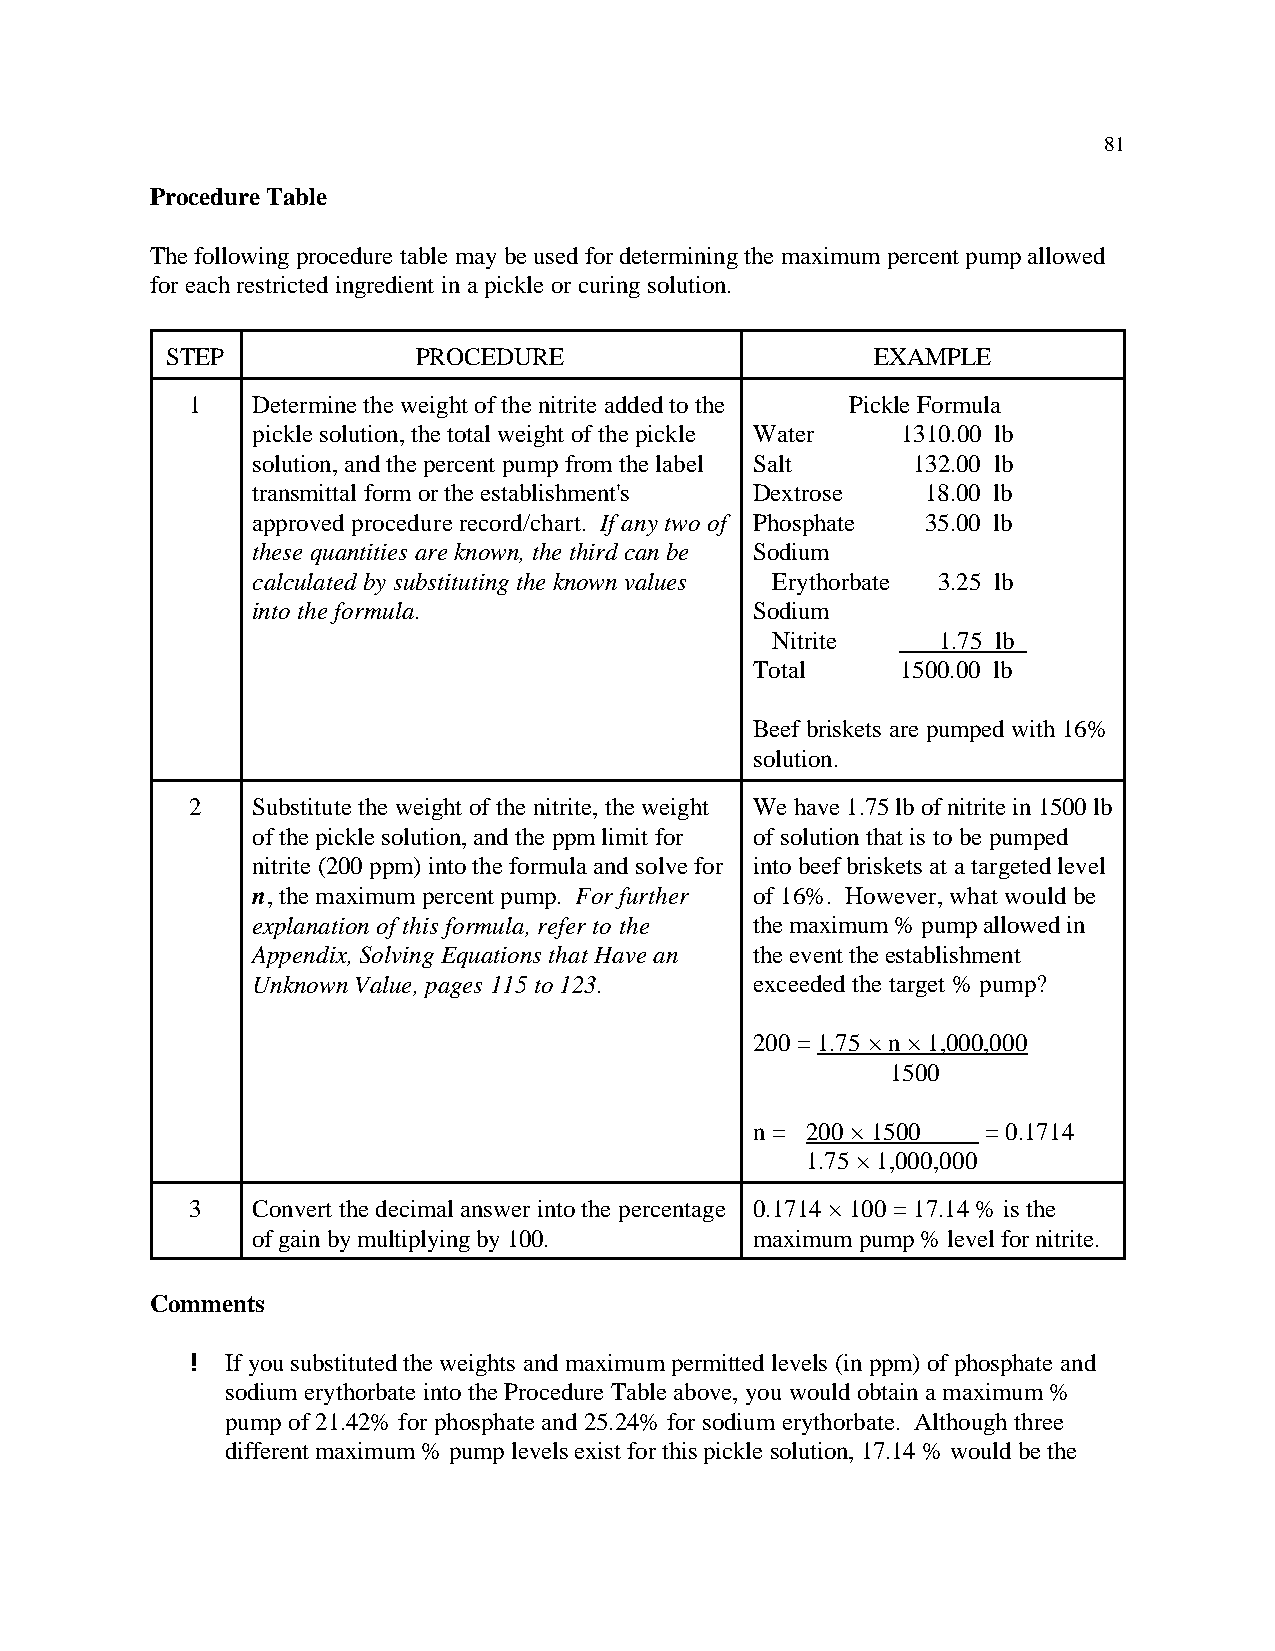
81
 Procedure Table
 The following procedure table may be used for determining the maximum percent pump allowed
 for each restricted ingredient in a pickle or curing solution.
 STEP             PROCEDURE                     EXAMPLE
 1   Determine the weight of the nitrite added to the Pickle Formula
 pickle solution, the total weight of the pickle Water 1310.00 lb
 solution, and the percent pump from the label Salt 132.00 lb
 transmittal form or the establishment's Dextrose 18.00 lb
 approved procedure record/chart. If any two of Phosphate 35.00 lb
 these quantities are known, the third can be Sodium
 calculated by substituting the known values Erythorbate 3.25 lb
 into the formula.                Sodium
 Nitrite    1.75 lb
 Total     1500.00 lb
 Beef briskets are pumped with 16%
 solution.
 2   Substitute the weight of the nitrite, the weight We have 1.75 lb of nitrite in 1500 lb
 of the pickle solution, and the ppm limit for of solution that is to be pumped
 nitrite (200 ppm) into the formula and solve for into beef briskets at a targeted level
 n, the maximum percent pump. For further of 16%. However, what would be
 explanation of this formula, refer to the the maximum % pump allowed in
 Appendix, Solving Equations that Have an the event the establishment
 Unknown Value, pages 115 to 123. exceeded the target % pump?
 200 = 1.75 × n × 1,000,000
 1500
 n = 200 × 1500 = 0.1714
 1.75 × 1,000,000
 3   Convert the decimal answer into the percentage 0.1714 × 100 = 17.14 % is the
 of gain by multiplying by 100.   maximum pump % level for nitrite.
 Comments
 ! If you substituted the weights and maximum permitted levels (in ppm) of phosphate and
 sodium erythorbate into the Procedure Table above, you would obtain a maximum %
 pump of 21.42% for phosphate and 25.24% for sodium erythorbate. Although three
 different maximum % pump levels exist for this pickle solution, 17.14 % would be the